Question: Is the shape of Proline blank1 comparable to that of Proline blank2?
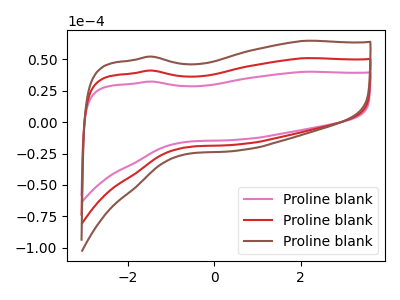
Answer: <think>The pink curve "Proline blank1" has no peaks. The red curve "Proline blank2" has no peaks. The brown curve "Proline blank3" has no peaks.
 Neither "Proline blank1" or "Proline blank2" have any peaks.</think>
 <answer>"Proline blank1" and "Proline blank2" are similar in shape.</answer>
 <eval>same_shape</eval>